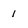
Character: 1